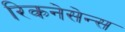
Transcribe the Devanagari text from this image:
रिकनेसेन्स